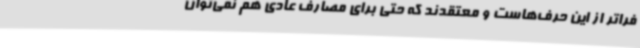
فراتر از این حرف‌هاست و معتقدند که حتی برای مصارف عادی هم نمی‌توان